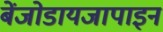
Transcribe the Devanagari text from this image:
बेंजोडायजापाइन